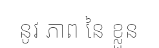
នូវ ភាព នៃ ខ្លួន